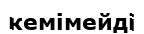
кемімейді